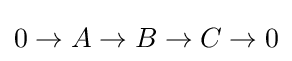
0\rightarrow A\rightarrow B\rightarrow C\rightarrow 0